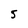
Character: 5